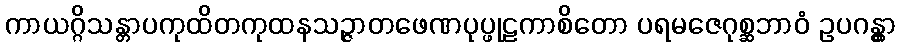
ကာယဂ္ဂိသန္တာပကုထိတကုထနသဉ္ဇာတဖေဏပုပ္ဖုဠကာစိတော ပရမဇေဂုစ္ဆဘာဝံ ဥပဂန္တွာ